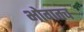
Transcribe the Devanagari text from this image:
भोगतच